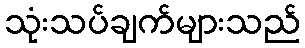
သုံးသပ်ချက်များသည်